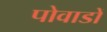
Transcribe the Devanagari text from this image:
पोवाडों